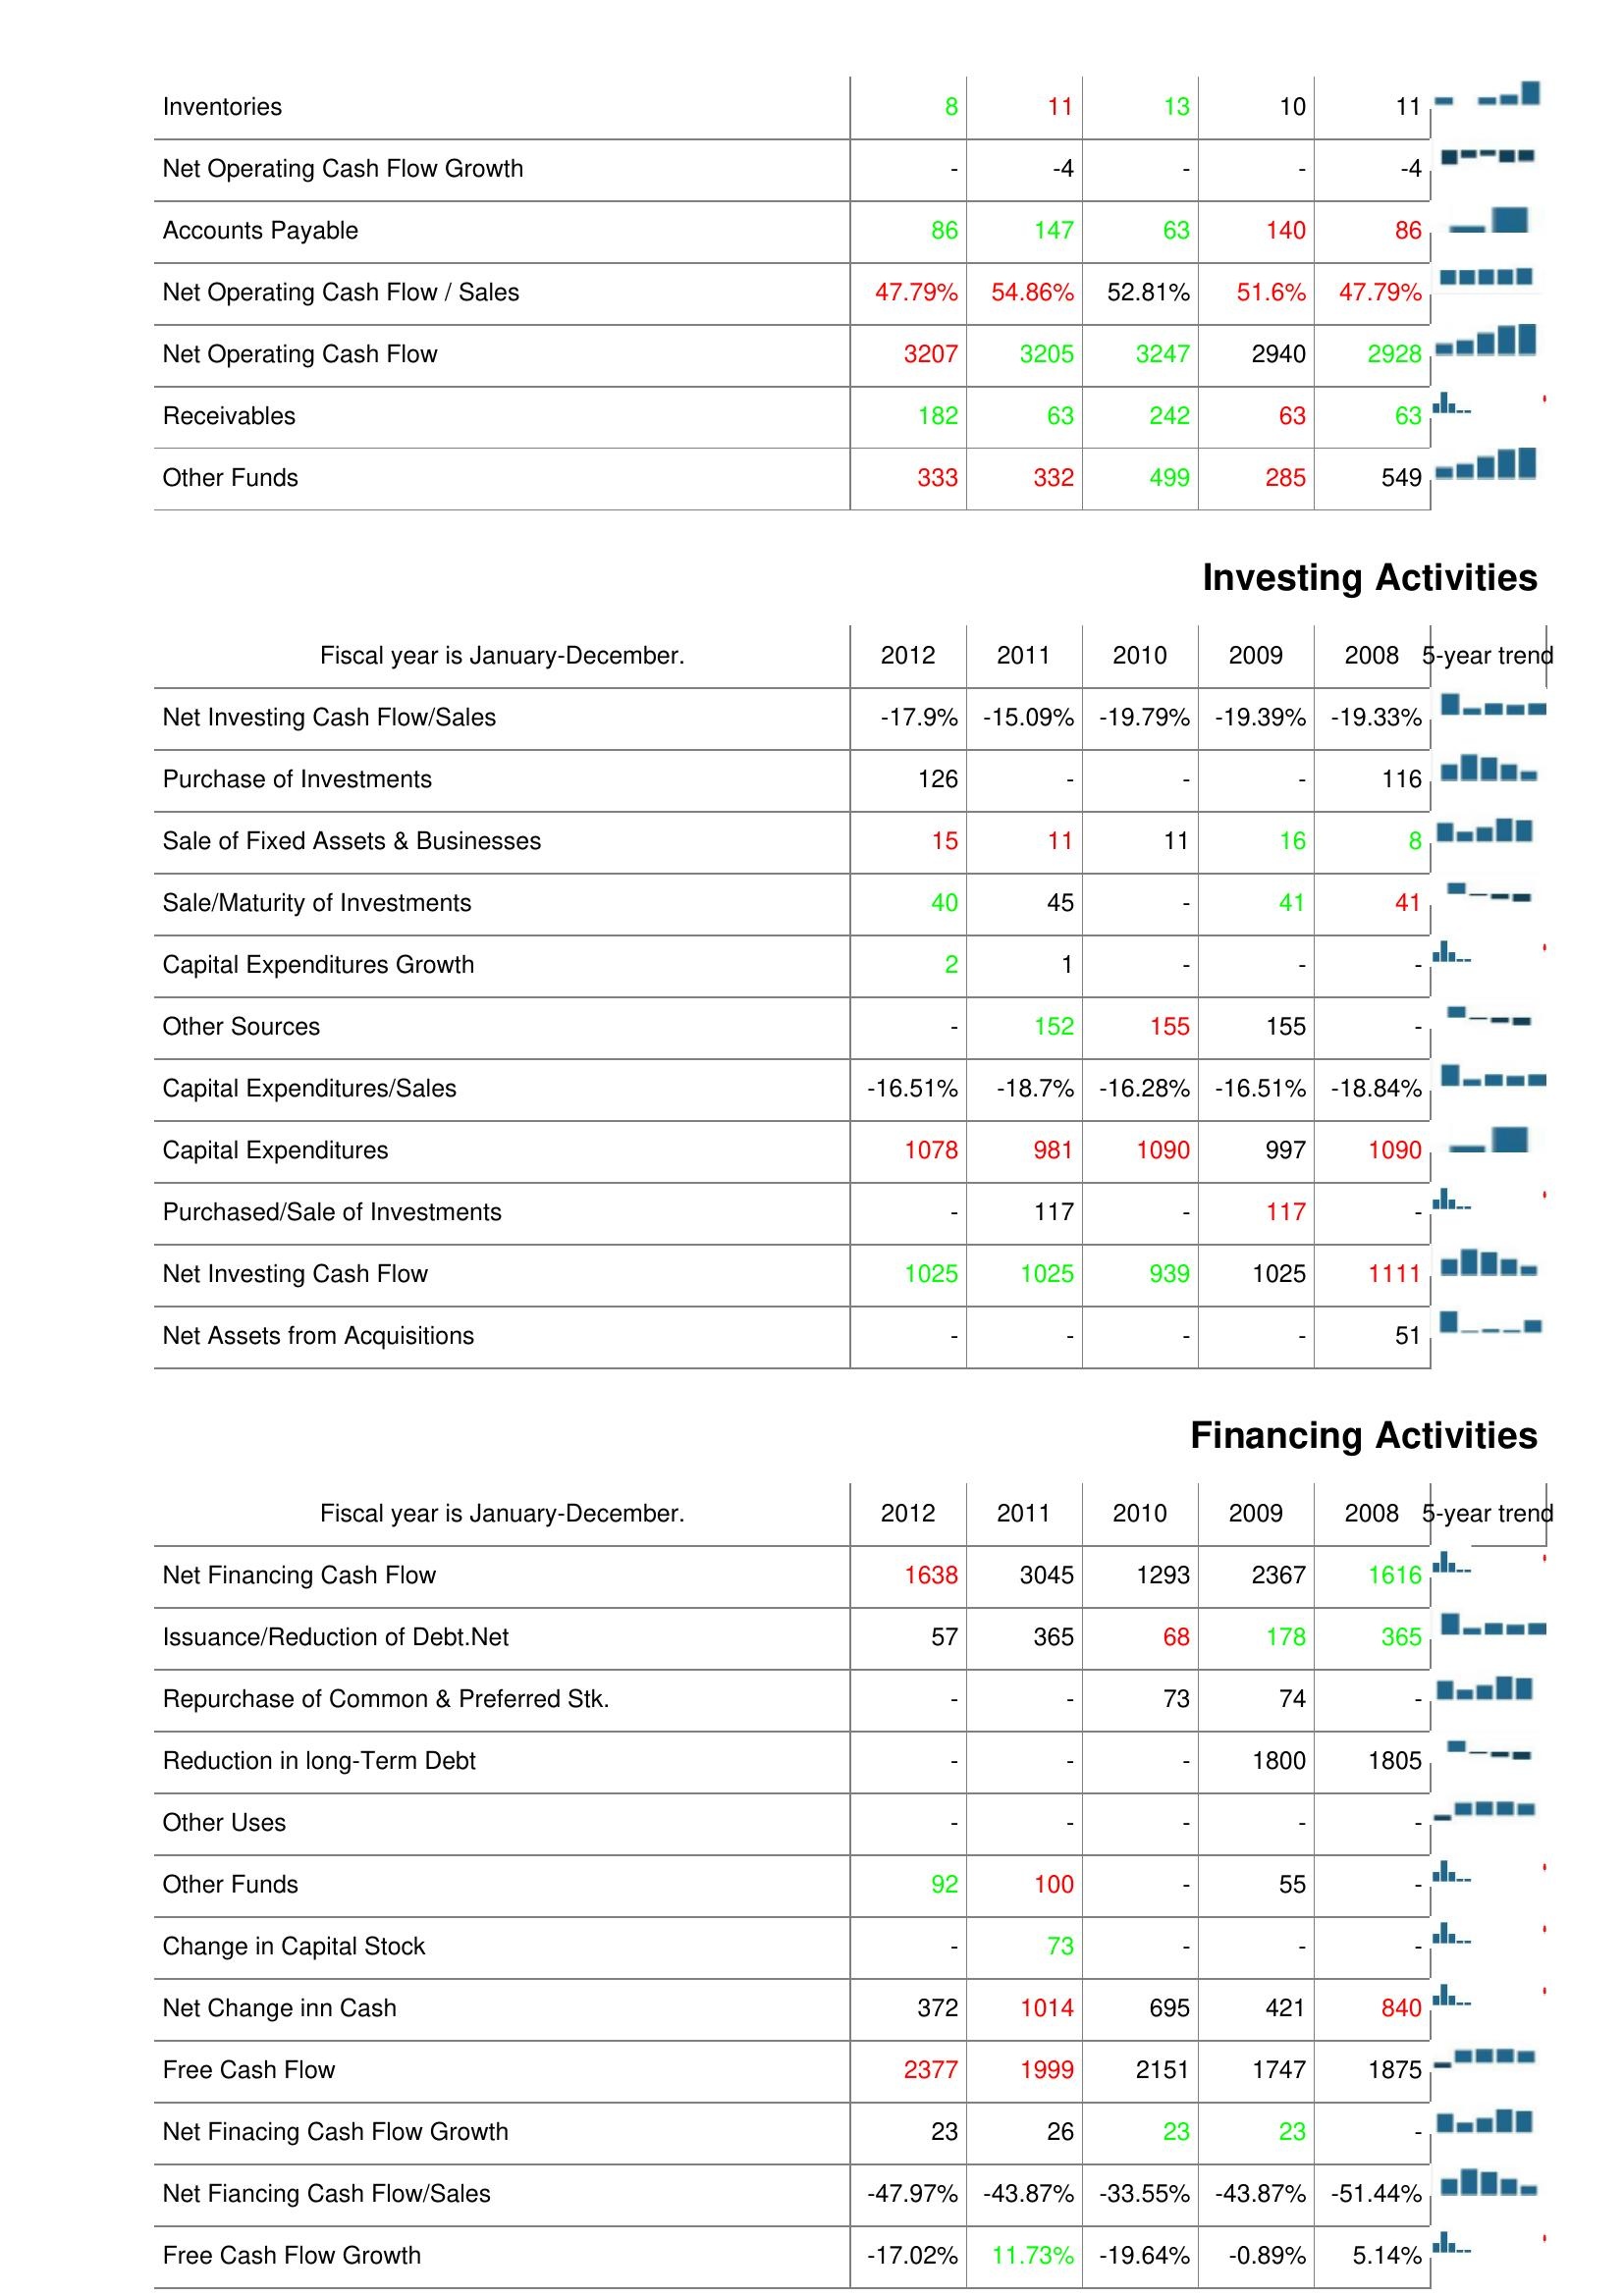
2012: Operating Activities: Inventories: 8
Net Operating Cash Flow Growth: -
Accounts Payable: 86
Net Operating Cash Flow / Sales: 47.79%
Net Operating Cash Flow: 3207
Receivables: 182
Other Funds: 333
Investing Activities: Net Investing Cash Flow/Sales: -17.9%
Purchase of Investments: 126
Sale of Fixed Assets & Businesses: 15
Sale/Maturity of Investments: 40
Capital Expenditures Growth: 2
Other Sources: -
Capital Expenditures/Sales: -16.51%
Capital Expenditures: 1078
Purchased/Sale of Investments: -
Net Investing Cash Flow: 1025
Net Assets from Acquisitions: -
Financing Activities: Net Financing Cash Flow: 1638
Issuance/Reduction of Debt.Net: 57
Repurchase of Common & Preferred Stk.: -
Reduction in long-Term Debt: -
Other Uses: -
Other Funds: 92
Change in Capital Stock: -
Net Change inn Cash: 372
Free Cash Flow: 2377
Net Finacing Cash Flow Growth: 23
Net Fiancing Cash Flow/Sales: -47.97%
Free Cash Flow Growth: -17.02%
2011: Operating Activities: Inventories: 11
Net Operating Cash Flow Growth: -4
Accounts Payable: 147
Net Operating Cash Flow / Sales: 54.86%
Net Operating Cash Flow: 3205
Receivables: 63
Other Funds: 332
Investing Activities: Net Investing Cash Flow/Sales: -15.09%
Purchase of Investments: -
Sale of Fixed Assets & Businesses: 11
Sale/Maturity of Investments: 45
Capital Expenditures Growth: 1
Other Sources: 152
Capital Expenditures/Sales: -18.7%
Capital Expenditures: 981
Purchased/Sale of Investments: 117
Net Investing Cash Flow: 1025
Net Assets from Acquisitions: -
Financing Activities: Net Financing Cash Flow: 3045
Issuance/Reduction of Debt.Net: 365
Repurchase of Common & Preferred Stk.: -
Reduction in long-Term Debt: -
Other Uses: -
Other Funds: 100
Change in Capital Stock: 73
Net Change inn Cash: 1014
Free Cash Flow: 1999
Net Finacing Cash Flow Growth: 26
Net Fiancing Cash Flow/Sales: -43.87%
Free Cash Flow Growth: 11.73%
2010: Operating Activities: Inventories: 13
Net Operating Cash Flow Growth: -
Accounts Payable: 63
Net Operating Cash Flow / Sales: 52.81%
Net Operating Cash Flow: 3247
Receivables: 242
Other Funds: 499
Investing Activities: Net Investing Cash Flow/Sales: -19.79%
Purchase of Investments: -
Sale of Fixed Assets & Businesses: 11
Sale/Maturity of Investments: -
Capital Expenditures Growth: -
Other Sources: 155
Capital Expenditures/Sales: -16.28%
Capital Expenditures: 1090
Purchased/Sale of Investments: -
Net Investing Cash Flow: 939
Net Assets from Acquisitions: -
Financing Activities: Net Financing Cash Flow: 1293
Issuance/Reduction of Debt.Net: 68
Repurchase of Common & Preferred Stk.: 73
Reduction in long-Term Debt: -
Other Uses: -
Other Funds: -
Change in Capital Stock: -
Net Change inn Cash: 695
Free Cash Flow: 2151
Net Finacing Cash Flow Growth: 23
Net Fiancing Cash Flow/Sales: -33.55%
Free Cash Flow Growth: -19.64%
2009: Operating Activities: Inventories: 10
Net Operating Cash Flow Growth: -
Accounts Payable: 140
Net Operating Cash Flow / Sales: 51.6%
Net Operating Cash Flow: 2940
Receivables: 63
Other Funds: 285
Investing Activities: Net Investing Cash Flow/Sales: -19.39%
Purchase of Investments: -
Sale of Fixed Assets & Businesses: 16
Sale/Maturity of Investments: 41
Capital Expenditures Growth: -
Other Sources: 155
Capital Expenditures/Sales: -16.51%
Capital Expenditures: 997
Purchased/Sale of Investments: 117
Net Investing Cash Flow: 1025
Net Assets from Acquisitions: -
Financing Activities: Net Financing Cash Flow: 2367
Issuance/Reduction of Debt.Net: 178
Repurchase of Common & Preferred Stk.: 74
Reduction in long-Term Debt: 1800
Other Uses: -
Other Funds: 55
Change in Capital Stock: -
Net Change inn Cash: 421
Free Cash Flow: 1747
Net Finacing Cash Flow Growth: 23
Net Fiancing Cash Flow/Sales: -43.87%
Free Cash Flow Growth: -0.89%
2008: Operating Activities: Inventories: 11
Net Operating Cash Flow Growth: -4
Accounts Payable: 86
Net Operating Cash Flow / Sales: 47.79%
Net Operating Cash Flow: 2928
Receivables: 63
Other Funds: 549
Investing Activities: Net Investing Cash Flow/Sales: -19.33%
Purchase of Investments: 116
Sale of Fixed Assets & Businesses: 8
Sale/Maturity of Investments: 41
Capital Expenditures Growth: -
Other Sources: -
Capital Expenditures/Sales: -18.84%
Capital Expenditures: 1090
Purchased/Sale of Investments: -
Net Investing Cash Flow: 1111
Net Assets from Acquisitions: 51
Financing Activities: Net Financing Cash Flow: 1616
Issuance/Reduction of Debt.Net: 365
Repurchase of Common & Preferred Stk.: -
Reduction in long-Term Debt: 1805
Other Uses: -
Other Funds: -
Change in Capital Stock: -
Net Change inn Cash: 840
Free Cash Flow: 1875
Net Finacing Cash Flow Growth: -
Net Fiancing Cash Flow/Sales: -51.44%
Free Cash Flow Growth: 5.14%